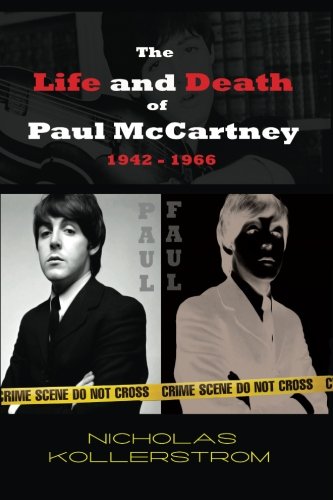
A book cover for The Life and Death of Paul McCartney 1942 - 1966: A very English Mystery; Nicholas Kollerstrom; Biographies & Memoirs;